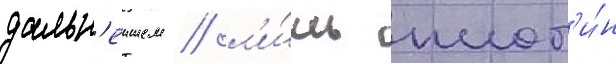
дальн'еишем / л'и́шь плот'и́н